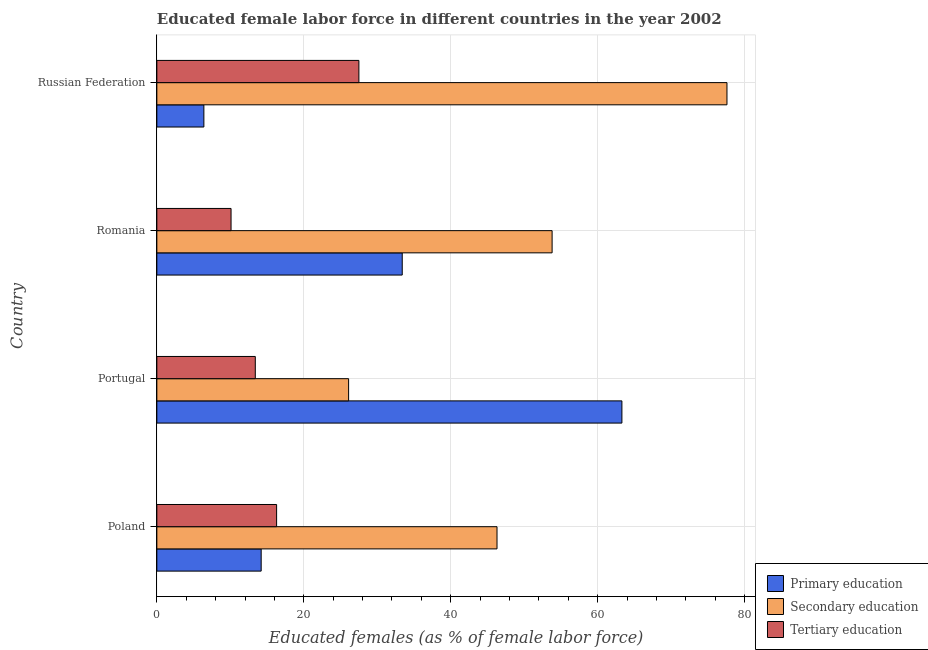
| Country | Primary education | Secondary education | Tertiary education |
 | --- | --- | --- | --- |
 | Poland | 14.2 | 46.3 | 16.3 |
 | Portugal | 63.3 | 26.1 | 13.4 |
 | Romania | 33.4 | 53.8 | 10.1 |
 | Russian Federation | 6.4 | 77.6 | 27.5 |